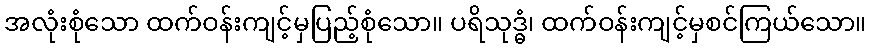
အလုံးစုံသော ထက်ဝန်းကျင့်မှပြည့်စုံသော။ ပရိသုဒ္ဓံ၊ ထက်ဝန်းကျင့်မှစင်ကြယ်သော။